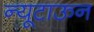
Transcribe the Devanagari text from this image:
न्यूटाऊन